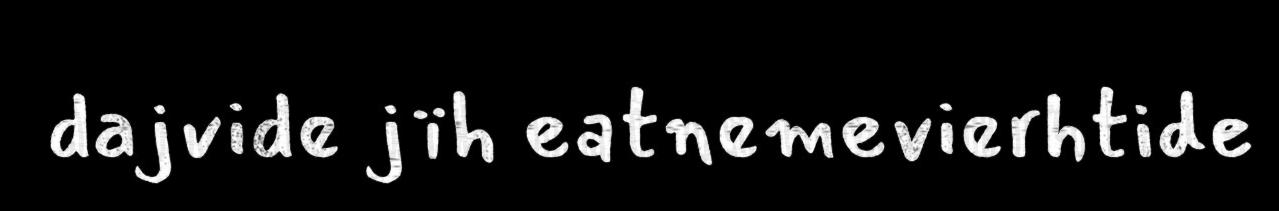
dajvide jïh eatnemevierhtide